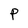
Character: P